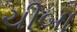
ચીબા